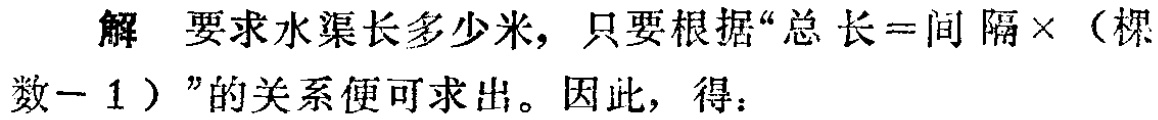
解 要求水渠长多少米，只要根据“总长 = 间隔×（棵数 - 1）”的关系便可求出。因此，得：